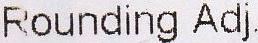
ROUNDING ADJ.